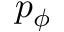
p _ { \phi }